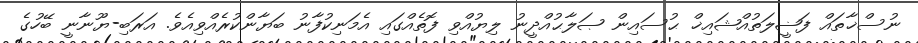
ނުސްޚާތައް ފަޟީލަތުއްޝައިޚް ޙުސައިން ޞަލާޙުއްދީނު ލިޔުއްވި ފޮތެއްގައި އެމަނިކުފާނު ބަޔާންކުރެއްވިއެވެ. އަރަބި-ޔޫނާނީ ބޭހުގެ